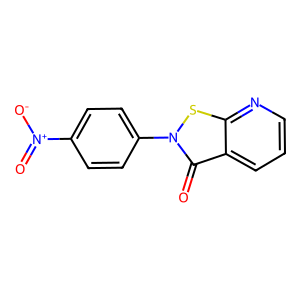
SMILES: O=c1c2cccnc2sn1-c1ccc([N+](=O)[O-])cc1
Inhibits HIV replication: No